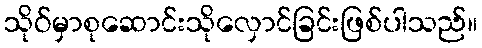
သိုဝ်မှာစုဆောင်းသိုလှောင်ခြင်းဖြစ်ပါသည်။